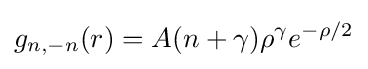
g_{n,-n}(r)=A(n+\gamma )\rho ^{\gamma }e^{-\rho /2}